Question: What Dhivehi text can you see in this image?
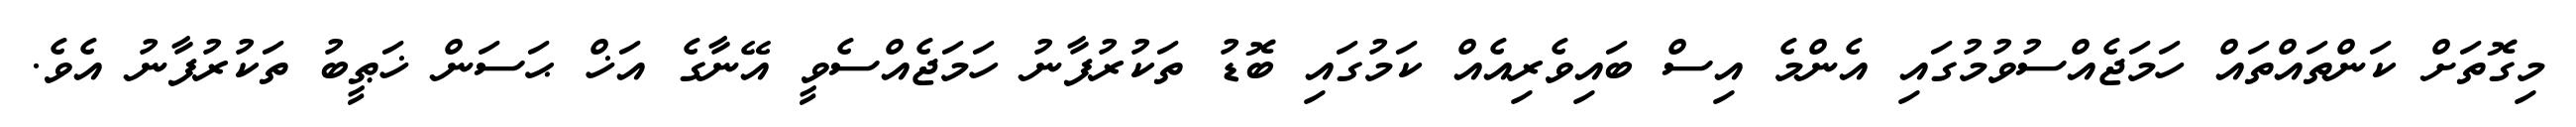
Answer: މިގޮތަށް ކަންތައްތައް ހަމަޖެއްސުވުމުގައި އެންމެ އިސް ބައިވެރިއެއް ކަމުގައި ބޮޑު ތަކުރުފާނު ހަމަޖެއްސެވީ އޭނާގެ އަޚް ޙަސަން ޚަޠީބު ތަކުރުފާނު އެވެ.